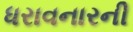
ધરાવનારની